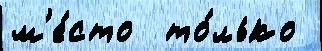
м'е́сто  то́лько